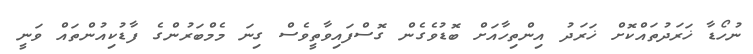
ނުހޯޑާ ޚަރަދުތައްކޮށް ޚަރަދު އިންތިހާއަށް ބޮޑުވެގެން ގޮސްފައިވާތީވެސް ގިނަ މެމްބަރުންގެ ފާޑުކިއުންތައް ވަނީ